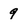
Character: 9